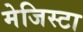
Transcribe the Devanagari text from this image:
मेजिस्टा